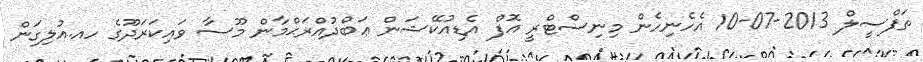
ތަފްސީލް 2013-07-10 އެހެނިހެން މިނިސްޓްރީ އޮފް އެޑިއުކޭޝަން ޢަބްދުއްރަޙްމާން މޫސާ ވައިކަރަދޫގެ ހއ.އުލިގަން